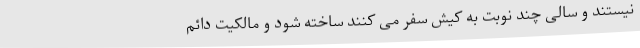
نیستند و سالی چند نوبت به کیش سفر می کنند ساخته شود و مالکیت دائم